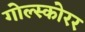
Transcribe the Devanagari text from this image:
गोल्स्कोरर